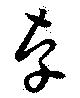
辜